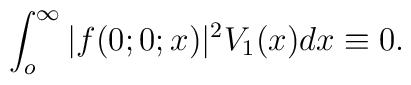
\int_{o}^{\infty}|f(0;0;x)|^2V_1(x)dx\equiv 0.